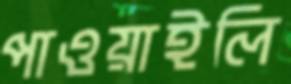
পাওয়াইলি